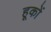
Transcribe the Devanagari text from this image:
हूकों